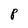
Character: P